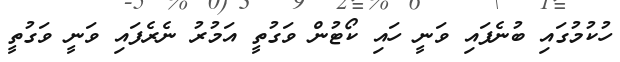
ހުކުމުގައި ބުނެފައި ވަނީ ހައި ކޯޓުން ވަގުތީ އަމުރު ނެރެފައި ވަނީ ވަގުތީ